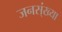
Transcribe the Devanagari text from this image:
जनस्ंख्या